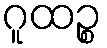
ဂူထဉ္စ